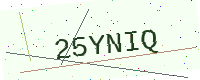
Text: 25YNIQ